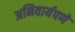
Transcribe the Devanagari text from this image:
अनिवार्यपणे